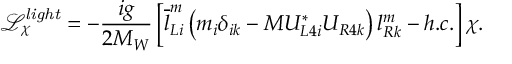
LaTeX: \mathcal { L } _ { \chi } ^ { \mathit { l i g h t } } = - \frac { i g } { 2 M _ { W } } \left[ \overline { { { l } } } _ { L i } ^ { m } \left( m _ { i } \delta _ { i k } - M U _ { L 4 i } ^ { * } U _ { R 4 k } \right) l _ { R k } ^ { m } - h . c . \right] \chi .